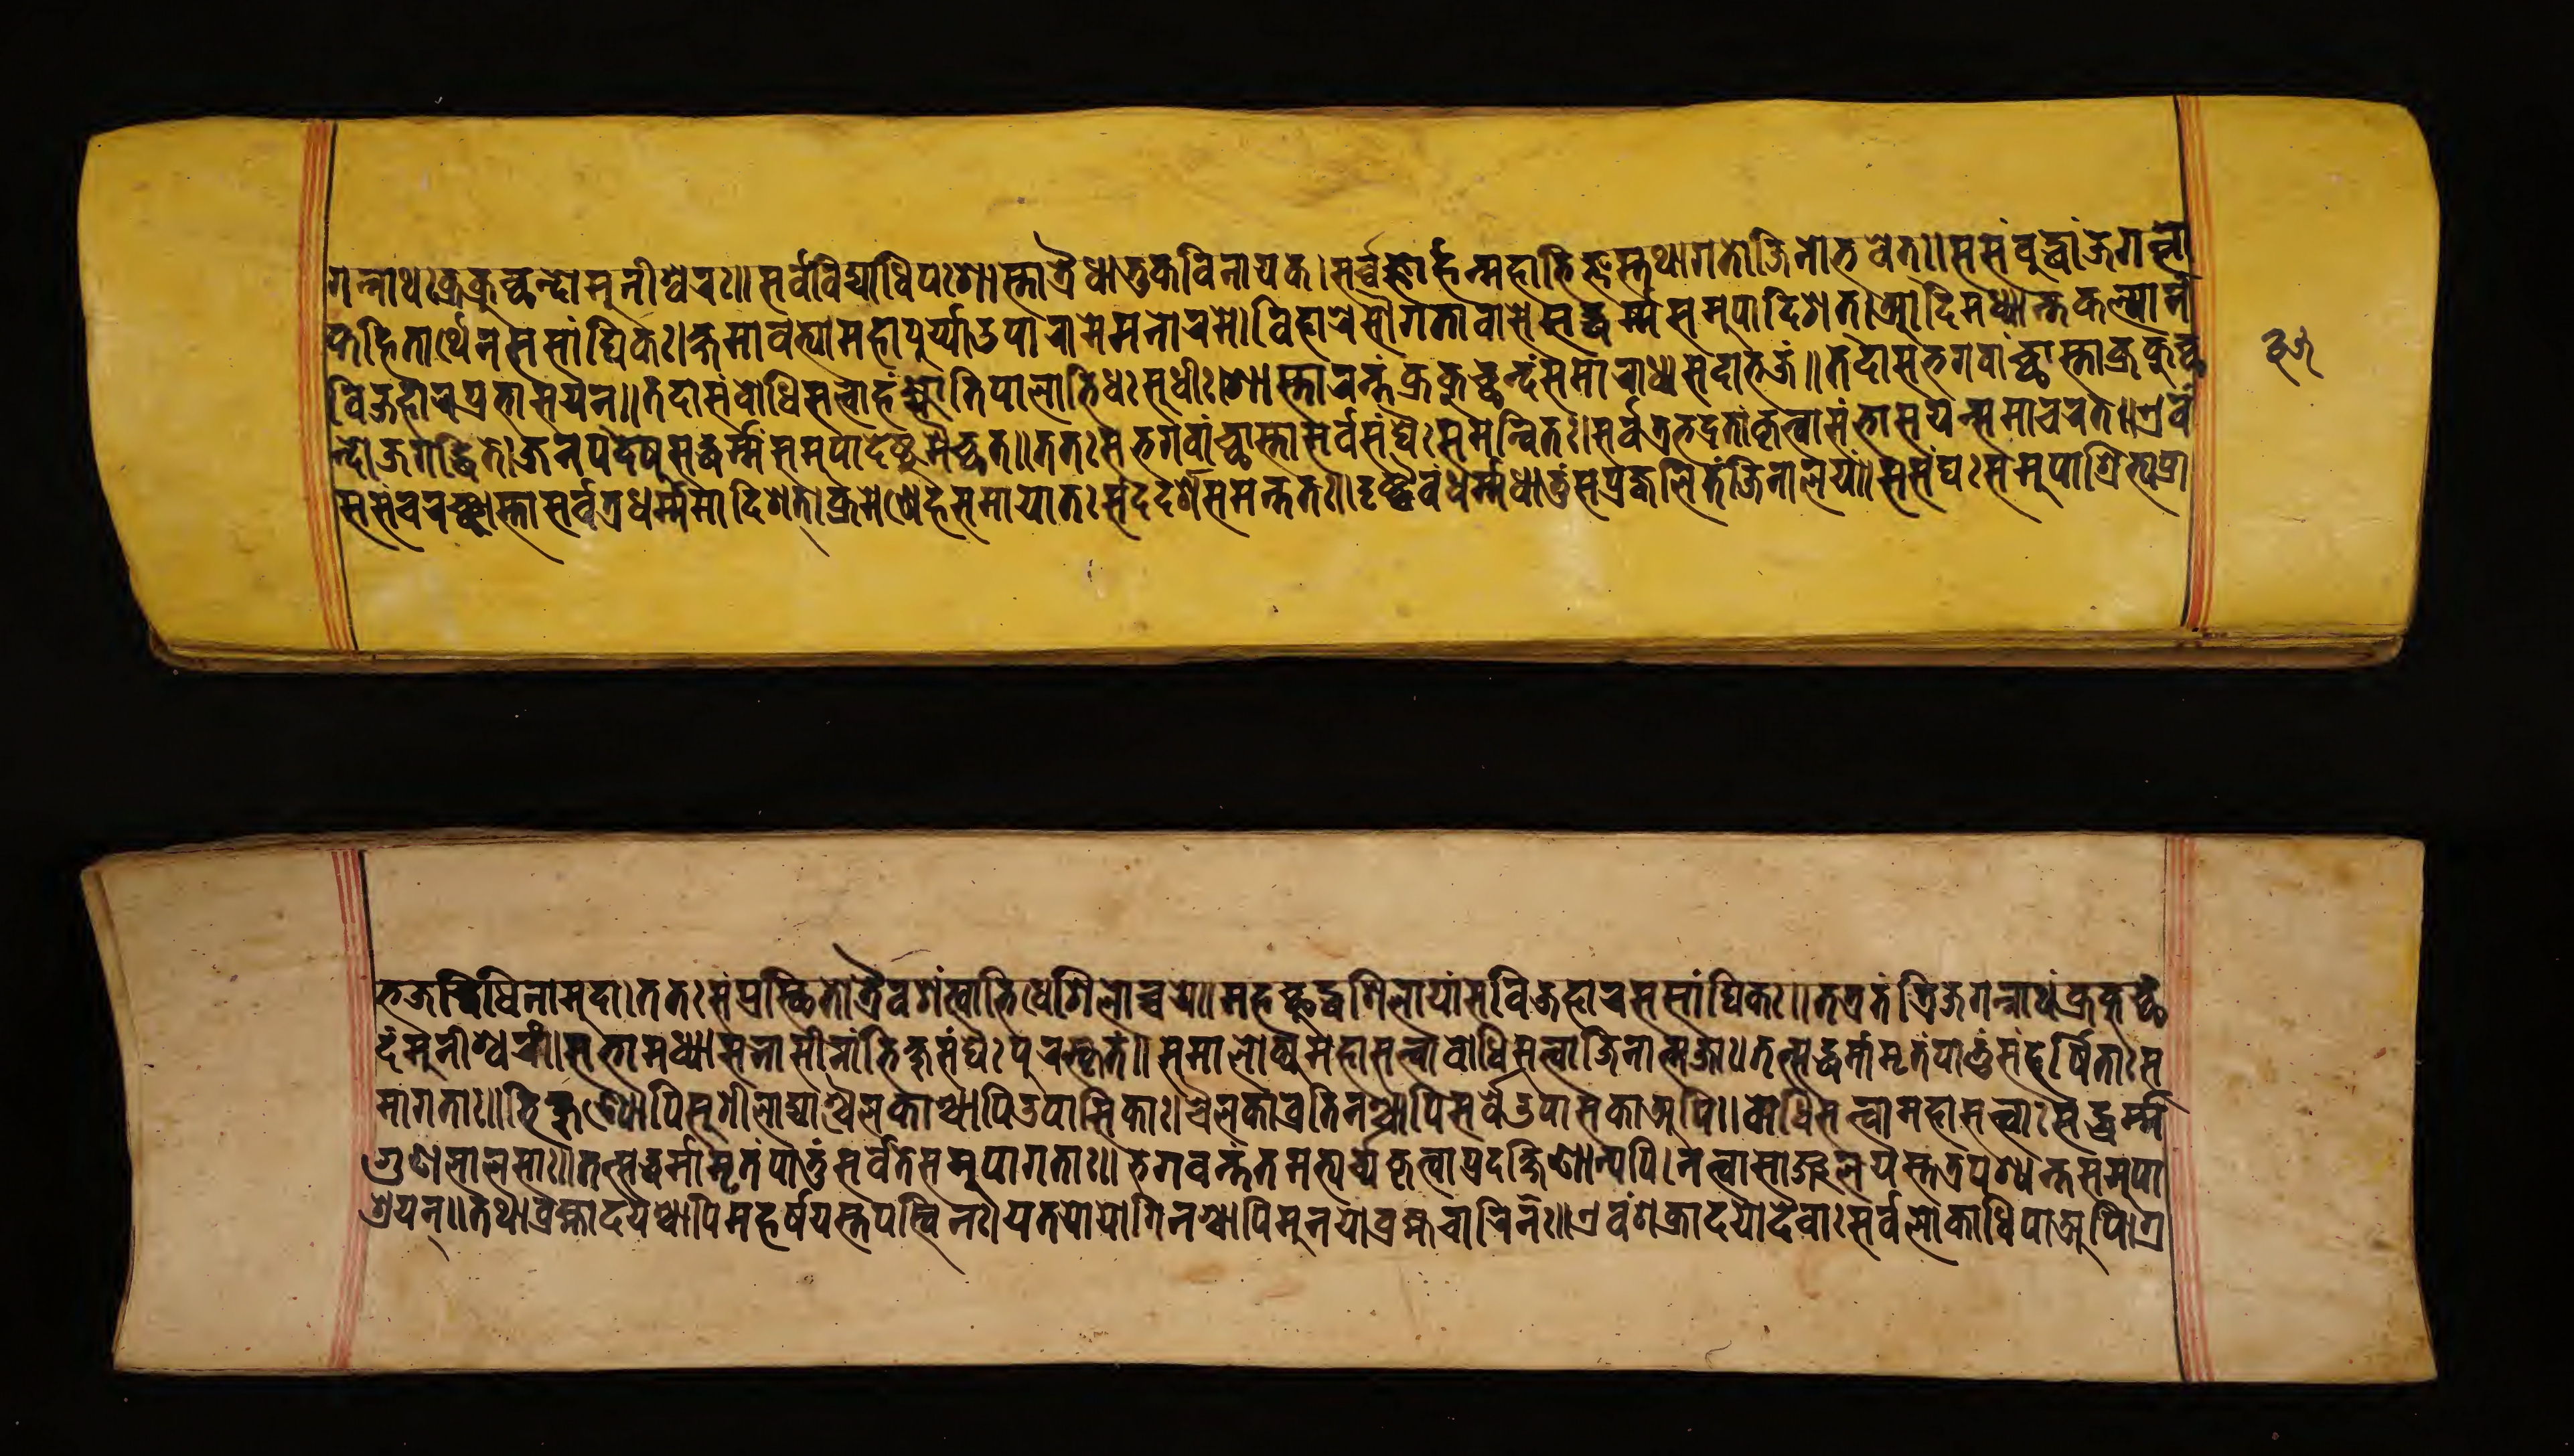
𑐐𑐣𑑂𑐣𑐵𑐠𑑅𑐎𑑂𑐬𑐎𑐸𑐕𑐣𑑂𑐡𑑀𑐩𑐸𑐣𑐷𑐱𑑂𑐰𑐬𑑅॥𑐳𑐬𑑂𑐰𑐰𑐶𑐡𑑂𑐫𑐵𑐢𑐶𑐥𑑅𑐱𑐵𑐳𑑂𑐟𑐵𑐟𑑂𑐬𑐿𑐢𑐵𑐟𑐸𑐎𑐰𑐶𑐣𑐵𑐫𑐎𑑅।𑐳𑐬𑑂𑐰𑐖𑑂𑐘𑑀𑐴𑐩𑐵𑐨𑐶𑐖𑑂𑐘𑐾𑐳𑑂𑐟𑐠𑐵𑐐𑐟𑑀𑐖𑐶𑐣𑑀𑐨𑐰𑐟𑑂॥𑐳𑐳𑑄𑐧𑐸𑐡𑑂𑐢𑐵𑐖𑐐𑐟𑑂𑐰𑑀 𑐎𑐴𑐶𑐟𑐵𑐬𑑂𑐠𑐾𑐣𑐳𑐳𑐵𑑄𑐢𑐶𑐎𑑅।𑐎𑑂𑐲𑐾𑐩𑐵𑐰𑐟𑑂𑐫𑐵𑐩𑐴𑐵𑐥𑐸𑐬𑑂𑐫𑑂𑐫𑐵𑐡𑐸𑐥𑐵𑐬𑐵𑐩𑐾𑐩𑐣𑑀𑐬𑐩𑐾॥𑐰𑐶𑐴𑐵𑐬𑐾𑐳𑑁𑐐𑐟𑐵𑐰𑐵𑐳𑐾𑐳𑐡𑑂𑐢𑐬𑑂𑐩𑑂𑐩𑐳𑐩𑐸𑐥𑐵𑐡𑐶𑐱𑐟𑑂।𑐁𑐡𑐶𑐩𑐢𑑂𑐫𑐵𑐣𑑂𑐟𑐎𑐮𑑂𑐫𑐵𑐣𑑄 𑐳𑐳𑐘𑑂𑐔𑐬𑐘𑑂𑐕𑐵𑐳𑑂𑐟𑐵𑐳𑐬𑑂𑐰𑐟𑑂𑐬𑐢𑐬𑑂𑐩𑑂𑐩𑐩𑐵𑐡𑐶𑐱𑐟𑑂।𑐎𑑂𑐬𑐩𑐾𑐞𑐾𑐴𑐳𑐩𑐵𑐟𑑅𑐳𑐣𑑂𑐡𑐡𑐬𑑂𑐱𑐳𑐩𑐣𑑂𑐟𑐟𑑅।𑐡𑐺𑐲𑑂𑐚𑑂𑐰𑐾𑐩𑑄𑐢𑐬𑑂𑐩𑑂𑐩𑐢𑐵𑐟𑐸𑑄𑐳𑑄𑐥𑑂𑐬𑐖𑑂𑐰𑐮𑐶𑐟𑐖𑐶𑐣𑐵𑐮𑐫𑑄॥𑐳𑐳𑑄𑐑𑐳𑐩𑐸𑐥𑐵𑐱𑑂𑐬𑐶𑐟𑑂𑐫𑐥𑑂𑐬𑐵 𑐨𑐖𑐡𑑂𑐰𑐶𑐢𑐶𑐣𑐵𑐩𑐸𑐡𑐵।𑐟𑐟𑑅𑐳𑐥𑑂𑐬𑐳𑑂𑐠𑐶𑐟𑑀𑐟𑑂𑐬𑐿𑐰𑐱𑑄𑐏𑐨𑐶𑐢𑐾𑐱𑐶𑐮𑐵𑐔𑑂𑐔𑐫॥𑐩𑐴𑐕𑐸𑐡𑑂𑐢𑐱𑐶𑐮𑐵𑐫𑐵𑑄𑐔𑐰𑐶𑐖𑐴𑐵𑐬𑐳𑐳𑐵𑑄𑐢𑐶𑐎𑑅॥𑐟𑐟𑑂𑐬𑐟𑑄𑐟𑑂𑐬𑐶𑐖𑐐𑐣𑑂𑐣𑐵𑐠𑑄𑐎𑑂𑐬𑐎𑐸𑐕𑑄 𑐡𑑀𑐩𑐸𑐣𑐷𑐱𑑂𑐰𑐬𑑄॥𑐳𑐨𑐵𑐩𑐢𑑂𑐫𑐵𑐳𑐣𑐵𑐳𑐷𑐣𑑄𑐨𑐶𑐎𑑂𑐲𑐸𑐳𑑄𑐑𑐿𑑅𑐥𑐸𑐬𑐳𑑂𑐎𑐺𑐟𑑄॥𑐳𑐩𑐵𑐮𑑀𑐎𑑂𑐫𑐩𑐴𑐵𑐳𑐟𑑂𑐟𑑂𑐰𑐵𑐖𑐶𑐣𑐵𑐟𑑂𑐩𑐖𑐵𑑅।𑐟𑐟𑑂𑐳𑐡𑑂𑐢𑐬𑑂𑐩𑑂𑐩𑐵𑐩𑐺𑐟𑑄𑐥𑐵𑐟𑐸𑑄𑐳𑑄𑐴𑐬𑑂𑐲𑐶𑐟𑐵𑑅𑐳 𑐩𑐵𑐐𑐟𑐵𑑅॥𑐨𑐶𑐎𑑂𑐲𑐸𑐞𑑂𑐫𑐵𑐥𑐶𑐱𑐸𑐱𑐷𑐮𑐵𑐡𑑂𑐫𑐵𑐱𑑂𑐔𑐿𑐮𑐎𑐵𑐱𑑂𑐔𑐵𑐥𑑂𑐫𑐸𑐥𑐵𑐳𑐎𑐵𑑅॥𑐔𑐿𑐮𑐎𑐵𑐰𑑂𑐬𑐟𑐶𑐣𑐱𑑂𑐔𑐵𑐥𑐶𑐳𑐬𑑂𑐰𑐾𑐄𑐥𑐵𑐳𑐶𑐎𑐵𑐀𑐥𑐶।𑐧𑑀𑐢𑐶𑐳𑐟𑑂𑐟𑑂𑐰𑐵𑐩𑐴𑐵𑐳𑐟𑑂𑐟𑑂𑐰𑐵𑐳𑐡𑑂𑐢𑐬𑑂𑐩𑑂𑐩 𑐐𑐸𑐞𑐮𑐵𑐮𑐳𑐵𑑅॥𑐟𑐟𑑂𑐳𑐡𑑂𑐢𑐬𑑂𑐩𑑂𑐩𑐵𑐩𑐺𑐟𑑄𑐥𑐵𑐟𑐸𑑄𑐳𑐬𑑂𑐰𑐾𑐟𑐾𑐳𑐩𑐸𑐥𑐵𑐐𑐟𑐵𑑅॥𑐨𑐐𑐰𑐣𑑂𑐟𑐣𑑂𑐟𑑄𑐳𑐩𑐨𑑂𑐫𑐬𑑂𑐔𑑂𑐫𑐎𑐺𑐟𑑂𑐰𑐵𑐥𑑂𑐬𑐡𑐎𑑂𑐲𑐶𑐞𑐵𑐣𑑂𑐫𑐥𑐶।𑐣𑐟𑑂𑐰𑐵𑐳𑐵𑑄𑐖𑐮𑐫𑐳𑑂𑐟𑐟𑑂𑐬𑐥𑐱𑑂𑐫𑐣𑑂𑐟𑑅𑐳𑐩𑐸𑐥𑐵 𑐰𑐶𑐖𑐴𑐵𑐬𑐥𑑂𑐬𑐨𑐵𑐳𑐫𑐣𑑂॥𑐟𑐡𑐵𑐳𑑄𑐧𑑀𑐢𑐶𑐳𑐟𑑂𑐟𑑂𑐰𑑀𑐴𑑄𑐖𑑂𑐫𑑀𑐟𑐶𑐥𑐵𑐮𑐵𑐨𑐶𑐢𑑅𑐳𑐸𑐢𑐷𑑅।𑐱𑐵𑐳𑑂𑐟𑐵𑐬𑐣𑑂𑐟𑑄𑐎𑑂𑐬𑐎𑐸𑐔𑑂𑐕𑐣𑑂𑐡𑑄𑐳𑐩𑐵𑐬𑐵𑐢𑑂𑐫𑐳𑐡𑐵𑐨𑐖𑑄॥𑐟𑐡𑐵𑐳𑐨𑐐𑐰𑐵𑐘𑑂𑐕𑐵𑐳𑑂𑐟𑐵𑐎𑑂𑐬𑐎𑐸𑐔𑑂𑐕 𑐣𑑂𑐡𑑀𑐖𑐐𑐡𑑂𑐢𑐶𑐟𑐾।𑐖𑐣𑐥𑐡𑐾𑐲𑐸𑐳𑐡𑑂𑐢𑐬𑑂𑐩𑑂𑐩𑑄𑐳𑐩𑐸𑐥𑐵𑐡𑐾𑐲𑑂𑐚𑐸𑐩𑐿𑐔𑑂𑐕𑐟𑑅।𑐟𑐟𑑅𑐳𑐨𑐐𑐰𑐵𑐣𑑂𑐱𑐵𑐳𑑂𑐟𑐵𑐳𑐬𑑂𑐰𑐳𑑄𑐑𑐿𑑅𑐳𑐩𑐣𑑂𑐰𑐶𑐟𑑅।𑐳𑐬𑑂𑐰𑐟𑑂𑐬𑐨𑐡𑑂𑐬𑐟𑐵𑑄𑐎𑐺𑐟𑑂𑐰𑐵𑐳𑑄𑐨𑐵𑐲𑐫𑐣𑑂𑐳𑐩𑐵𑐔𑐬𑐟𑑂।𑐊𑐰𑑄 𑐱𑑂𑐬𑐫𑐣𑑂॥𑐟𑐠𑐵𑐧𑑂𑐬𑐴𑑂𑐩𑐵𑐡𑐫𑐱𑑂𑐔𑐵𑐥𑐶𑐩𑐴𑐬𑑂𑐲𑐫𑐳𑑂𑐟𑐥𑐳𑑂𑐰𑐶𑐣𑑅।𑐫𑐟𑐫𑑀𑐫𑑀𑐐𑐶𑐣𑐱𑑂𑐔𑐵𑐥𑐶𑐩𑐸𑐣𑐫𑑀𑐧𑑂𑐬𑐴𑑂𑐩𑐔𑐵𑐬𑐶𑐞𑑅॥𑐊𑐰𑑄𑐱𑐎𑑂𑐬𑐵𑐡𑐫𑑀𑐡𑐰𑐵𑑅𑐳𑐬𑑂𑐰𑐾𑐮𑑀𑐎𑐵𑐢𑐶𑐥𑐵𑐀𑐥𑐶।𑐐𑑂𑐬 𑑓𑑕